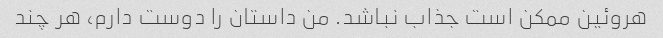
هروئین ممکن است جذاب نباشد. من داستان را دوست دارم، هر چند